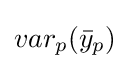
var_{p}({\bar {y}}_{p})